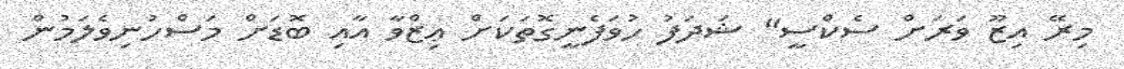
މިރޭ އިޒޫ ވަރަށް ސެކްސީ" ޝަދަފު ހުވަފެނީގޮތަކަށް ޢިޒްވާ އާއި ބޮޑަށް މަސްހުނިވެލަމުން